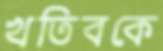
খতিবকে